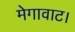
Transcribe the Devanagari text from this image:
मेगावाट।